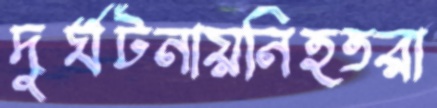
দুর্ঘটনায়নিহতরা